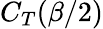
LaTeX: C_{T}(\beta/2)